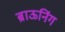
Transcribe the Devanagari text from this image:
ब्राऊनिंग